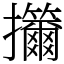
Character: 㩶